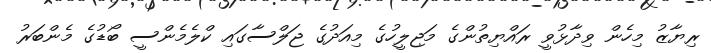
ރިޔާޒު މިހެން ވިދާޅުވީ ރައްޔިތުންގެ މަޖިލީހުގެ މިއަދުގެ ޖަލްސާގައި ކްލެމެންސީ ބޯޑުގެ މެންބަރު